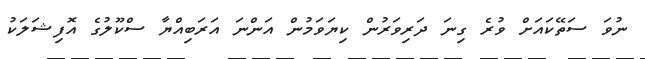
ނުވަ ސަތޭކައަށް ވުރެ ގިނަ ދަރިވަރުން ކިޔަވަމުން އަންނަ އަރަބިއްޔާ ސްކޫލުގެ އޮފިޝަލަކު